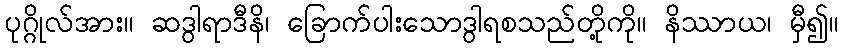
ပုဂ္ဂိုလ်အား။ ဆဒွါရာဒီနိ၊ ခြောက်ပါးသောဒွါရစသည်တို့ကို။ နိဿာယ၊ မှီ၍။